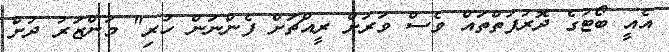
އެއީ ބޯޓުގެ ދޮރުފަތްތައް ވެސް ވަރަށް ރީއްޗަށް ފެންނަން ހުރި" މަންޒަރު ދުށް